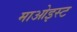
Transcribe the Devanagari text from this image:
माओइस्ट